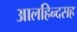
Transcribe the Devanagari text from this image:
आलहिन्दसह